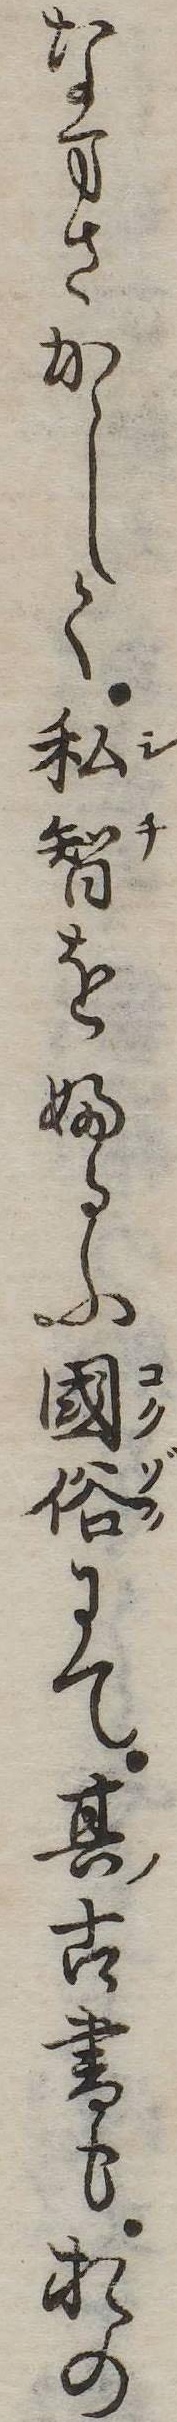
なまさかしく私智をふるふ国俗にて其古書もおの